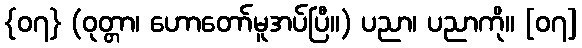
{၀၇} (ဝုတ္တာ၊ ဟောတော်မူအပ်ပြီ။) ပညာ၊ ပညာကို။ [၀၇]